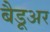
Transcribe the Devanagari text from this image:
बैडूअर